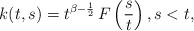
\begin{align*}k(t,s)= t^{\beta-\frac 12}\, F\left(\frac{s}{t}\right), s<t,\end{align*}